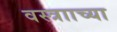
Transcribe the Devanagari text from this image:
वस्त्रााच्या